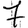
Digit: 7